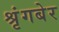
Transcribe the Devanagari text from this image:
श्रृंगबेर